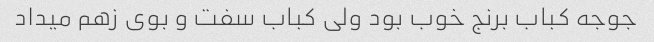
جوجه کباب برنج خوب بود ولی کباب سفت و بوی زهم میداد